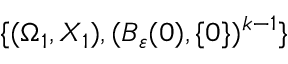
\{ ( \Omega _ { 1 } , X _ { 1 } ) , ( B _ { \varepsilon } ( 0 ) , \{ 0 \} ) ^ { k - 1 } \}